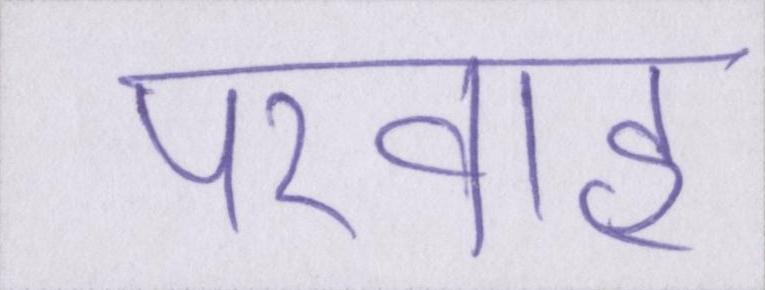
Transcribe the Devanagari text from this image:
परवाह